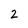
Character: 2